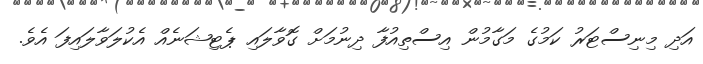
އަދި މިނިސްޓަރު ކަމުގެ މަގާމުން އިސްތިއުފާ ދިނުމަށް ގޮވާލައި ޕެޓިޝަނެއް އެކުލަވާލައިފަ އެވެ.